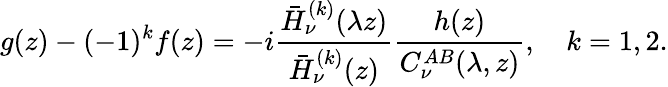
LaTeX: g(z)-(-1)^{k}f(z)=-i\frac{\bar{H}_{\nu}^{(k)}(\lambda z)}{\bar{H}_{\nu}^{(k)}(z)}\frac{h(z)}{C_{\nu}^{AB}(\lambda,z)},\quad k=1,2.